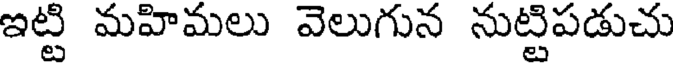
ఇట్టి మహిమలు వెలుగున నుట్టిపడుచు